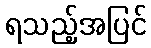
ရသည့်အပြင်